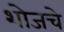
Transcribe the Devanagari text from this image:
शोजचे